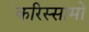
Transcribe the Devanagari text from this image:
करिस्सामो